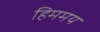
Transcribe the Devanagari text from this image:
हिममय